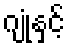
ဂျုံနှင့်